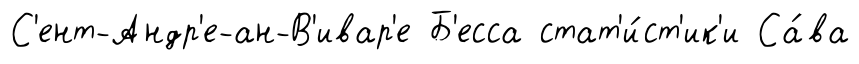
С'ент-Андр'е-ан-В'ивар'е Б'есса стат'и́ст'ик'и Са́ва